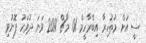
ސީ އަށް މުޡުހިރާ އިބްރާހީމް 01 މާޗް 2011 ވަނަ ދުވަހު ފޮނުވި